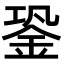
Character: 銎